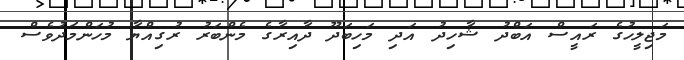
މަޖިލީހުގެ ރައީސް އަބްދު ޝާހިދު އަދި މަހިބަދޫ ދާއިރާގެ މެންބަރު ރުގިއްޔާ މުހަންމަދުވެސް